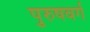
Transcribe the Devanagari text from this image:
पुरुषवर्ग